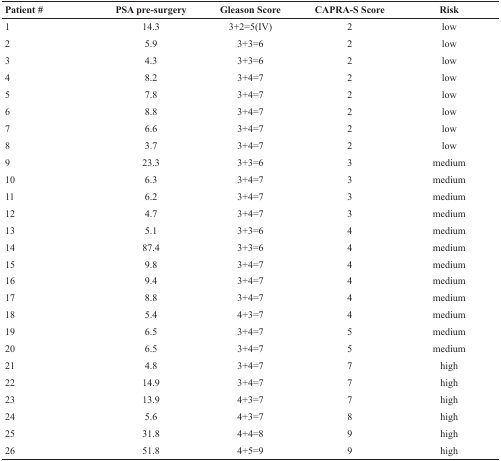
| Patient # | PSA pre-surgery | Gleason Score | CAPRA-S Score | Risk |
 | --- | --- | --- | --- | --- |
 | 1 | 14.3 | 3+2=5(IV) | 2 | low |
 | 2 | 5.9 | 3+3=6 | 2 | low |
 | 3 | 4.3 | 3+3=6 | 2 | low |
 | 4 | 8.2 | 3+4=7 | 2 | low |
 | 5 | 7.8 | 3+4=7 | 2 | low |
 | 6 | 8.8 | 3+4=7 | 2 | low |
 | 7 | 6.6 | 3+4=7 | 2 | low |
 | 8 | 3.7 | 3+4=7 | 2 | low |
 | 9 | 23.3 | 3+3=6 | 3 | medium |
 | 10 | 6.3 | 3+4=7 | 3 | medium |
 | 11 | 6.2 | 3+4=7 | 3 | medium |
 | 12 | 4.7 | 3+4=7 | 3 | medium |
 | 13 | 5.1 | 3+3=6 | 4 | medium |
 | 14 | 87.4 | 3+3=6 | 4 | medium |
 | 15 | 9.8 | 3+4=7 | 4 | medium |
 | 16 | 9.4 | 3+4=7 | 4 | medium |
 | 17 | 8.8 | 3+4=7 | 4 | medium |
 | 18 | 5.4 | 4+3=7 | 4 | medium |
 | 19 | 6.5 | 3+4=7 | 5 | medium |
 | 20 | 6.5 | 3+4=7 | 5 | medium |
 | 21 | 4.8 | 3+4=7 | 7 | high |
 | 22 | 14.9 | 3+4=7 | 7 | high |
 | 23 | 13.9 | 4+3=7 | 7 | high |
 | 24 | 5.6 | 4+3=7 | 8 | high |
 | 25 | 31.8 | 4+4=8 | 9 | high |
 | 26 | 51.8 | 4+5=9 | 9 | high |